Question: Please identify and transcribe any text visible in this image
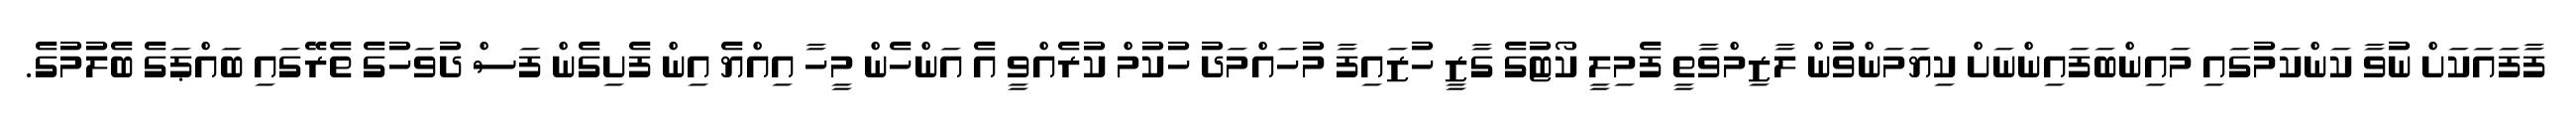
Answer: ފާފައަކަށް ނުވާ ކަންކަމުގައި މައިންބަފައިންނަށް ކިޔަމަންވުން ލާޒިމްވާތީ ފެމިލީ ކޯޓުގެ ގާޒީ ހުޒައިފާ މުހައްމަދު ހުކުމް ކުރެއްވީ އެ އަންހެން މީހާ އިއްޔެ އިން ފެށިގެން ފަސް ދުވަހުގެ ތެރޭގައި ބައްޕަގެ ބެލުމުގެ.